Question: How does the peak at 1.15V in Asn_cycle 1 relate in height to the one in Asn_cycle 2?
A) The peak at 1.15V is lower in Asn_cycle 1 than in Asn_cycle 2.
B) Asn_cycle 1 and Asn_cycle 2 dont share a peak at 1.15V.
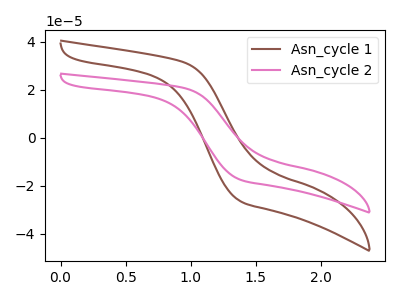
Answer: <think>The brown curve "Asn_cycle 1" has no peaks. The pink curve "Asn_cycle 2" has no peaks.</think>
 <answer>B) "Asn_cycle 1" and "Asn_cycle 2" dont share a peak at 1.15V.</answer>
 <eval>B</eval>